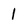
Character: 1